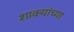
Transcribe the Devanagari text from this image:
शाक्यांच्या